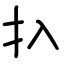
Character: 扖